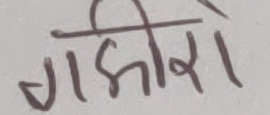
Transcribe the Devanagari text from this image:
गझीरो